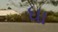
ધા